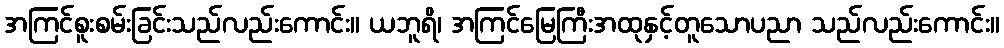
အကြင်စူးစမ်းခြင်းသည်လည်းကောင်း။ ယဘူရိ၊ အကြင်မြေကြီးအထုနှင့်တူသောပညာ သည်လည်းကောင်း။